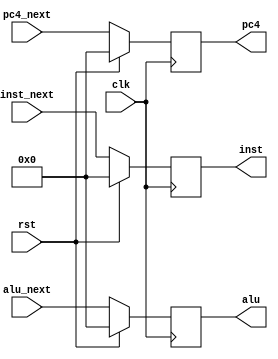
module writeback (
    input clk,
    input rst,
    input [31:0] pc4_next,
    input [31:0] inst_next,
    input [31:0] alu_next,
    output reg [31:0] pc4,
    output reg [31:0] inst,
    output reg [31:0] alu
);

    always @ (posedge clk) begin
        if (rst) begin
            pc4 <= 32'b0;
            inst <= 32'b0;
            alu <= 32'b0;
        end else begin
            pc4 <= pc4_next;
            inst <= inst_next;
            alu <= alu_next;
        end
    end

endmodule